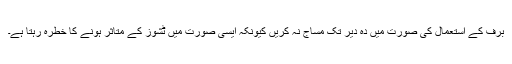
برف کے استعمال کی صورت میں دہ دیر تک مساج نہ کریں کیونکہ ایسی صورت میں ٹشوز کے متاثر ہونے کا خطرہ رہتا ہے۔